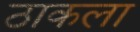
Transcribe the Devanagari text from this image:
ठाकला